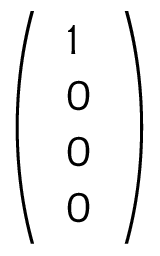
\left( \begin{array} { l } { 1 } \\ { 0 } \\ { 0 } \\ { 0 } \end{array} \right)